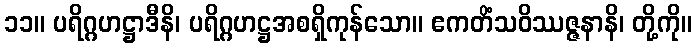
၁၁။ ပရိဂ္ဂဟဋ္ဌာဒီနိ၊ ပရိဂ္ဂဟဋ္ဌအစရှိကုန်သော။ ဧကတိံသဝိဿဇ္ဇနာနိ၊ တို့ကို။